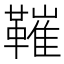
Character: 𩌩